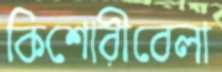
কিশোরীবেলা